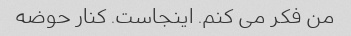
من فکر می کنم. اینجاست. کنار حوضه